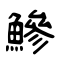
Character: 鰺